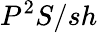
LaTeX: P^{2}S/sh